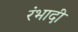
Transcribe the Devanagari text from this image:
रंभादी